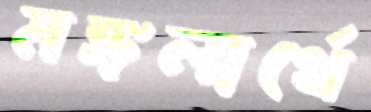
মঙ্গলার্থে